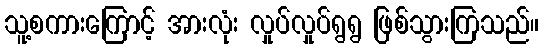
သူ့စကားကြောင့် အားလုံး လှုပ်လှုပ်ရွရွ ဖြစ်သွားကြသည်။